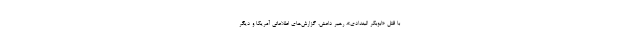
با قتل «ابوبکر البغدادی»، رهبر داعش، گزارش‌های اطلاعاتی آمریکا و دیگر